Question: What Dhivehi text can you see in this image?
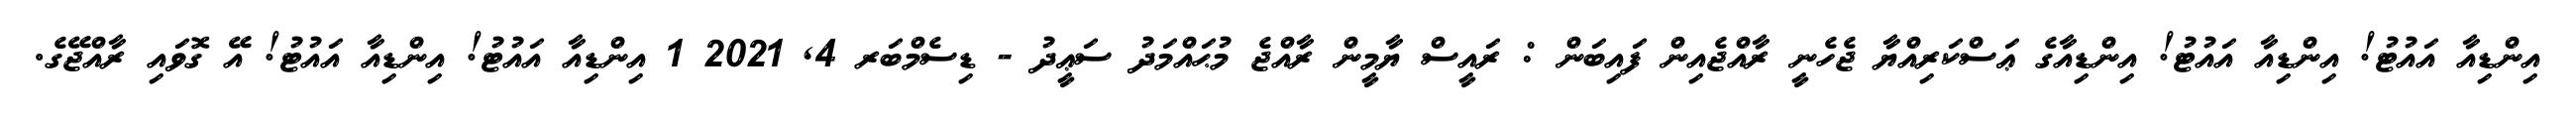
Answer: އިންޑިއާ އައުޓު! އިންޑިއާ އައުޓު! އިންޑިއާގެ ޢަސްކަރިއްޔާ ޖެހެނީ ރާއްޖެއިން ފައިބަން : ރައީސް ޔާމީން ރާއްޖެ މުޙައްމަދު ސަޢީދު - ޑިސެމްބަރ 4, 2021 1 އިންޑިއާ އައުޓު! އިންޑިއާ އައުޓު! އޭ ގޮވައި ރާއްޖޭގެ.